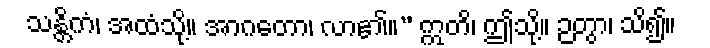
သန္တိကံ၊ အထံသို့။ အာဂတော၊ လာ၏။” ဣတိ၊ ဤသို့။ ဉတွာ၊ သိ၍။